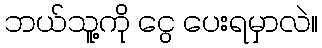
ဘယ်သူ့ကို ငွေ ပေးရမှာလဲ။